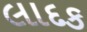
લાદક